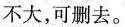
不大,可删去。